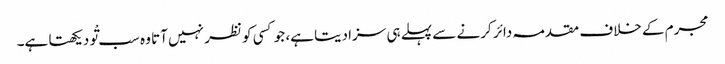
مجرم کے خلاف مقدمہ دائر کرنے سے پہلے ہی سزا دیتا ہے، جو کسی کو نظر نہیں آتا وہ سب تْو دیکھتا ہے۔